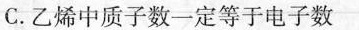
C.乙烯中质子数一定等于电子数